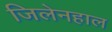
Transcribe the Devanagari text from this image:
जिलेनहाल